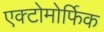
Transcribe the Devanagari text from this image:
एक्टोमोर्फिक